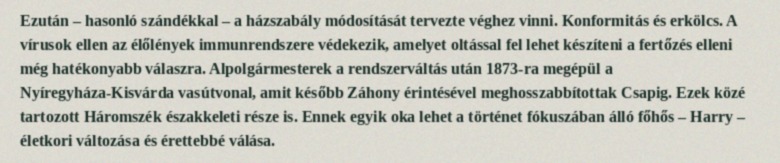
Ezután – hasonló szándékkal – a házszabály módosítását tervezte véghez vinni. Konformitás és erkölcs. A vírusok ellen az élőlények immunrendszere védekezik, amelyet oltással fel lehet készíteni a fertőzés elleni még hatékonyabb válaszra. Alpolgármesterek a rendszerváltás után 1873-ra megépül a Nyíregyháza-Kisvárda vasútvonal, amit később Záhony érintésével meghosszabbítottak Csapig. Ezek közé tartozott Háromszék északkeleti része is. Ennek egyik oka lehet a történet fókuszában álló főhős – Harry – életkori változása és érettebbé válása.